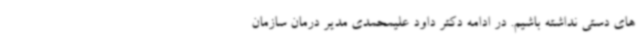
های دستی نداشته باشیم. در ادامه دکتر داود علیمحمدی مدیر درمان سازمان